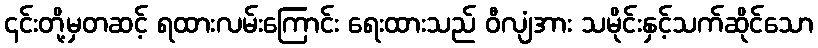
၎င်းတို့မှတဆင့် ရထားလမ်းကြောင်း ရေးထားသည် ဝီလျံအား သမိုင်းနှင့်သက်ဆိုင်သော